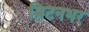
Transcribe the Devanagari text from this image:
ब्रिटनभर